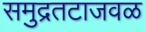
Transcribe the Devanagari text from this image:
समुद्रतटाजवळ